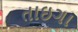
તાઇગા